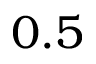
0 . 5